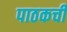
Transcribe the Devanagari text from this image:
पाठकची